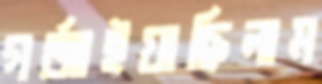
গর্জাইয়াছিলাম